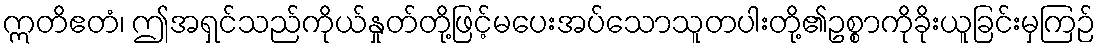
ဣတိဧတံ၊ ဤအရှင်သည်ကိုယ်နှုတ်တို့ဖြင့်မပေးအပ်သောသူတပါးတို့၏ဥစ္စာကိုခိုးယူခြင်းမှကြဉ်